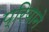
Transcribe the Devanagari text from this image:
प्रियाने